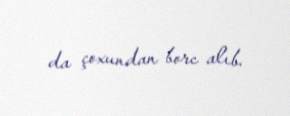
da çoxundan borc alıb.